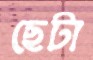
ছেটা